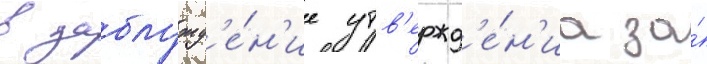
в заблужд'е́н'ие утв'ержд'е́н'иа за́